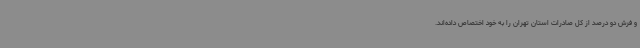
و فرش دو درصد از کل صادرات استان تهران را به خود اختصاص داده‌اند.